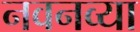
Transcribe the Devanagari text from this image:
नवनव्‍या